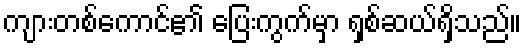
ကျားတစ်ကောင်၏ ပြေးကွက်မှာ ရှစ်ဆယ်ရှိသည်။